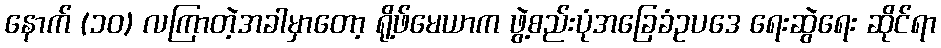
နောက် (၁ဝ) လကြာတဲ့အခါမှာတော့ ရို့ဖ်မေယာက ဖွဲ့စည်းပုံအခြေခံဥပဒေ ရေးဆွဲရေး ဆိုင်ရာ